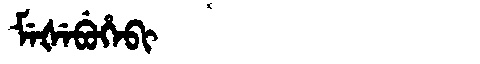
Manchu: ᠮᡝᡧᡝᠪᡠᡥᡝᠪᡳ
Romanization: MEŠEBUHEBI